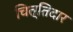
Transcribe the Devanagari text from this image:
चित्तिदार